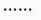
……